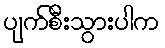
ပျက်စီးသွားပါက